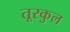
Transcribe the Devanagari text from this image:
तूरकुल